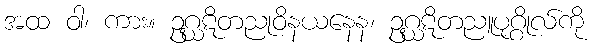
အထ ဝါ၊ ကား။ ဥဂ္ဃဋိတညုဝိနယနေန၊ ဥဂ္ဃဋိတညူပုဂ္ဂိုလ်ကို